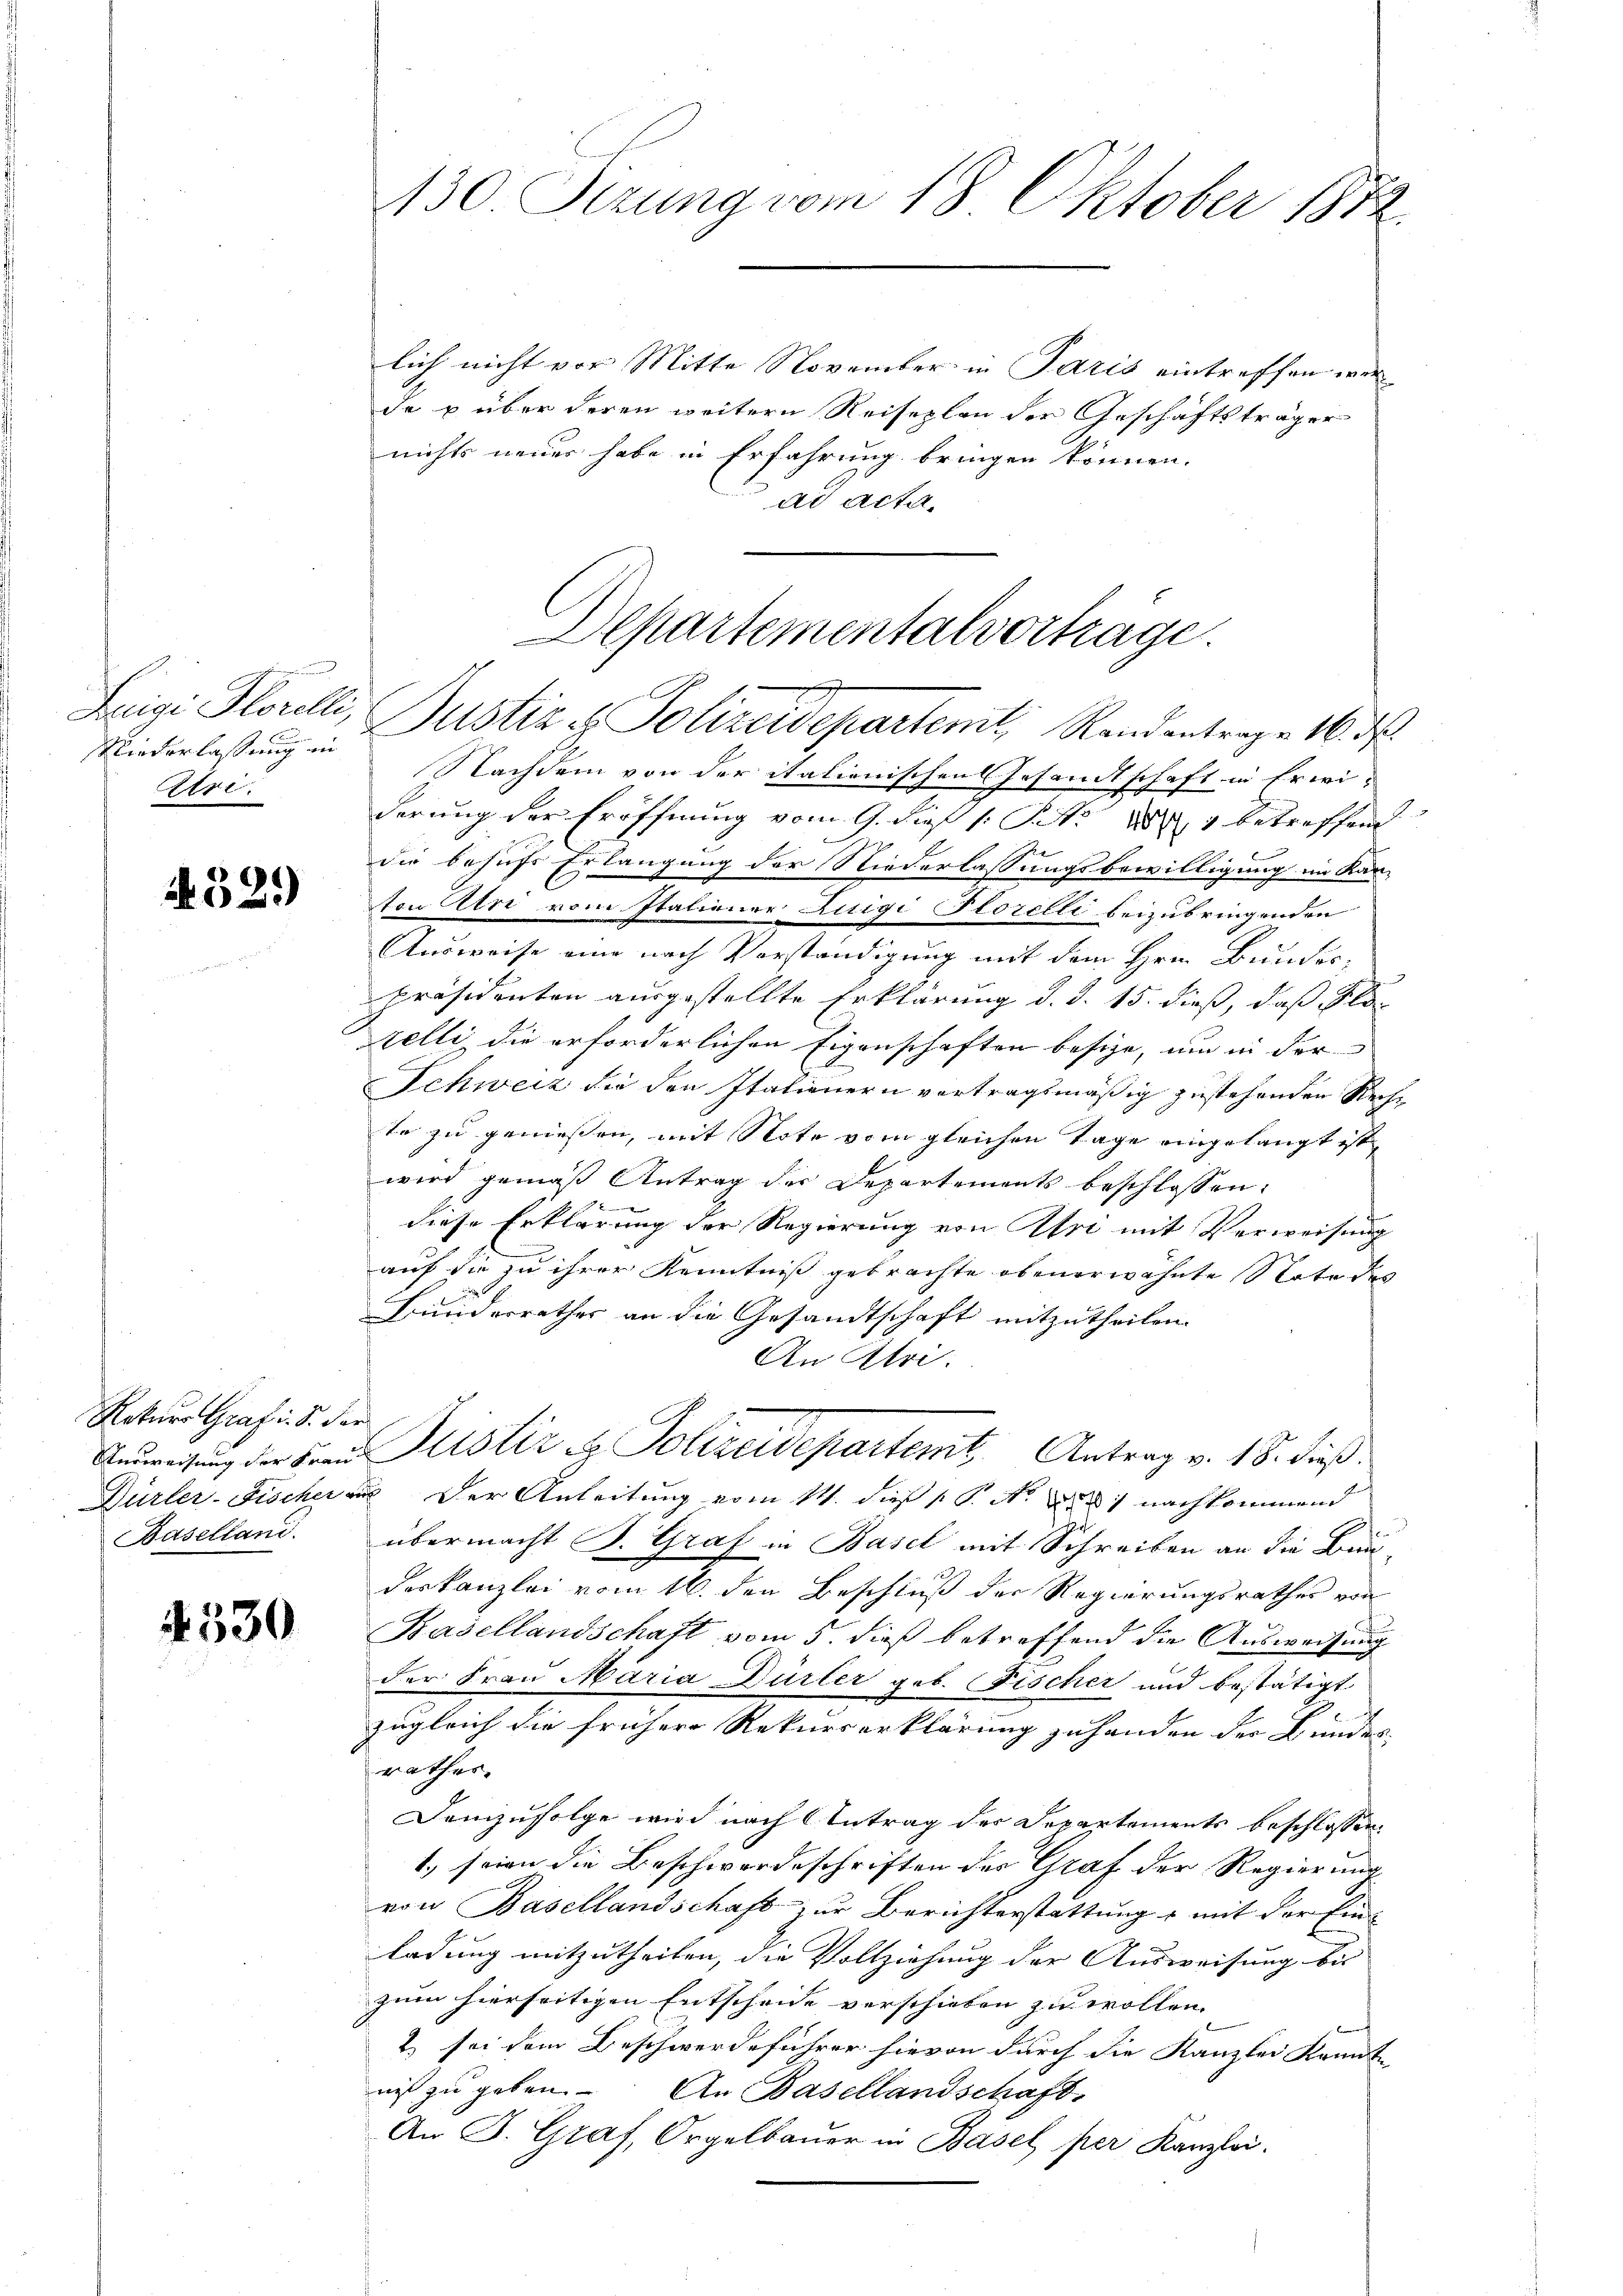
Luigi Florelle,
Wiederlassung in
Uri.

4529

Rekurs Graf i. B. der
Unsweisung der Frau
Dürler-Fischer
Baselland.

4530

130 Sizung vom 18. Oktober 1872

lich nicht vor Mitte November in Paris eintreffen werde x über deren weitern Reiseplan der Geschäftsträger
nichts neuer habe in Erfahrung bringen können.
ad Acta.
Nachdem von der italienischen Gesandtschaft in Erwi-
derung der Eröffnung vom 9. dies s. S. 284 betreffend
6
2
die behufs Erlangung der Niederlassungsbewilligung im Kan-
ton Uri vom Stationer Luigi Florelli beizubringenden
Ausweise eine nach Vorständigung mit dem Hrn. Bundes,
Präsidenten ausgestellte Erklärung d. d. 15. dieß, daß Plo-
relli die erforderlichen Eigenschaften besize, um in der
Schweiz die den Italienern vertragsmäßig zustehenden Rechte zu geniessen, mit Note vom gleichen Tage eingelangt ist,
wird gemäß Antrag der Departements beschlossen:
.
diese Erklärung der Regierung von Uri mit Verweisung
auf die zu ihrer Kenntniß gebrachte obenerwähnte Nate des
Bunderrathes an die Gesandtschaft mitzutheilen.
An Utre.
Justiz & Polizeidepartemit, Antrag v. 18. dieß
u Der Anleitung vom 14. dieß P. Nr. 281 nachkommend
übermacht B. Graf in Basel mit Schreiben an die Bun-
deskanzlei vom 16. den Beschluß der Regierungsrathes von
Basellandschaft vom 5. dieß betreffend die Ausweisung
der Frau Maria Dürler geb. Fischer und bestätigt
zugleich die frühere Rekurserklärung zu handen der Bundesrathes.
Demzufolge wird nach Antrag des Departements beschlossen,
1.) seien die Beschwerdeschriften des Graf der Regierung
von Basellandschaft zur Berichterstattung & mit der Einladung mitzutheilen, die Vollziehung der Ausweisung bis
zum hierseitigen Entscheide verschieben zu wollen.
2) sei dem Beschwerdeführer hievon durch die Kanzlei Kandte
nis zu geben. An Basellandschaft
An J. Graf, Orgelbauer in Basel per Kanzlei.

Departementalvertrage.
Justiz & Polizeidepartemt, Randantrage 16 de